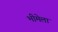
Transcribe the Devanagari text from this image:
भीमेला